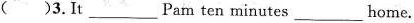
()3.It___Pam ten minutes___home.